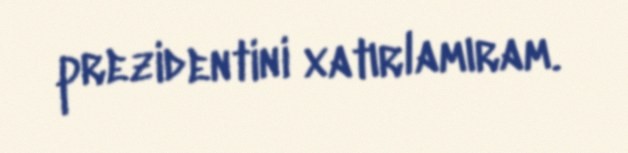
prezidentini xatırlamıram.